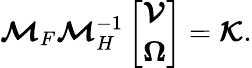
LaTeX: \boldsymbol{\mathcal{M}}_{F}\boldsymbol{\mathcal{M}}_{H}^{-1}\left[\begin{array}{l}{\boldsymbol{\mathcal{V}}}\\ {\boldsymbol{{\Omega}}}\end{array}\right]=\boldsymbol{\mathcal{K}}.